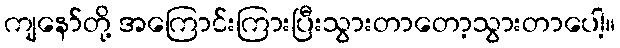
ကျနော်တို့ အကြောင်းကြားပြီးသွားတာတော့သွားတာပေါ့။